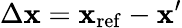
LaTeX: \Delta\mathbf{x}=\mathbf{x}_{\mathrm{{ref}}}-\mathbf{x}^{\prime}